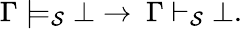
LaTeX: \Gamma\models_{\mathcal{S}}\bot\to\ \Gamma\vdash_{\mathcal{S}}\bot.